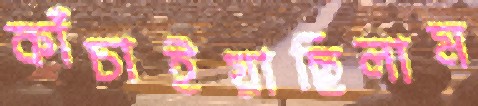
কাঁচাইয়াছিলাম